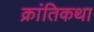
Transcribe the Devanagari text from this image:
क्रांतिकथा